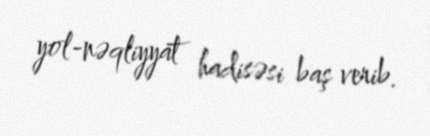
yol-nəqliyyat hadisəsi baş verib.